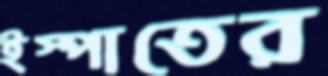
ইস্পাতের